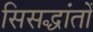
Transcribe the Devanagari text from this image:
सिसद्धांतों